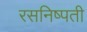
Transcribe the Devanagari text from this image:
रसनिष्पती